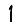
Digit: 1